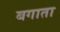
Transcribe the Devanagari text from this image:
बगाता